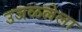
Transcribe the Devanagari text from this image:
उजळलेला